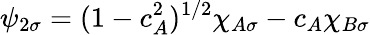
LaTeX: \psi_{2\sigma}=(1-c_{A}^{2})^{1/2}\chi_{A\sigma}-c_{A}\chi_{B\sigma}